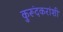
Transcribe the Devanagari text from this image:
कुरूंदकरांशी